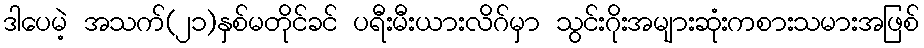
ဒါပေမဲ့ အသက်(၂၁)နှစ်မတိုင်ခင် ပရီးမီးယားလိဂ်မှာ သွင်းဂိုးအများဆုံးကစားသမားအဖြစ်